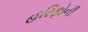
હરિફોની